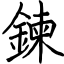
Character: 鍊